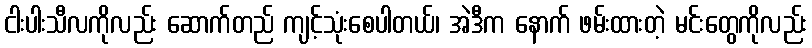
ငါးပါးသီလကိုလည်း ဆောက်တည် ကျင့်သုံးစေပါတယ်၊ အဲဒီက နောက် ဖမ်းထားတဲ့ မင်းတွေကိုလည်း